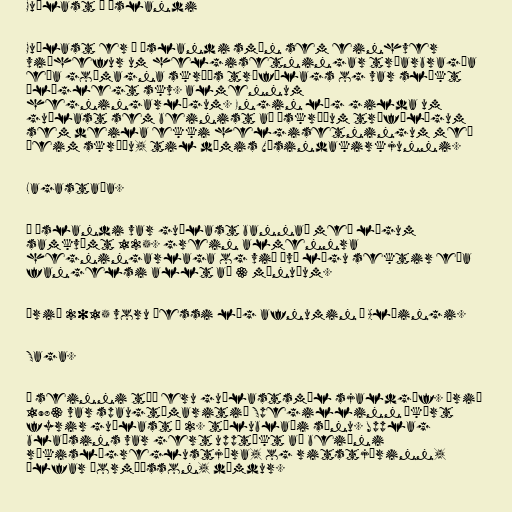
Guðlast á Íslandi

Guðlast er á Íslandi smán sem einhver
viðhefur um helgisetningar trúarbragða
eða goðmagna skráðs trúfélags og var slíkt
ólöglegt skv. almennum
hegningarlögum. Engin lög gilda um
guðlast sem beinist að óskráðum trúfélögum
sem deila ekki helgisetningum með
þeim skráðu, til dæmis Vísindakirkjunni.

Lagastaða.

Á Íslandi var guðlast bannað með lögum
samkvæmt 125. grein almennra
hegningarlaga og við því lágu sektir eða
fangelsi allt að 3 mánuðum.

Árið 2015 voru þessi lög afnumin á Alþingi.

Saga.

Í seinni tíð eru guðlastsmál sjaldgæf. Árið
1983 var spaugtímaritið Spegillinn ákært
fyrir guðlast í 2. tölublaði sínu. Upplag
blaðsins var gert upptækt að beiðni
ríkislögreglustjóra, og ritstjórinn,
Úlfar Þormóðsson, dæmdur.